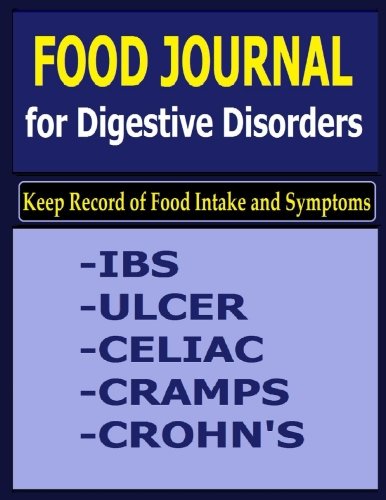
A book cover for Food Journal for Digestive Disorders: Keep Record of Food Intake and Symptoms in the Food Journal for Digestive Disorders; Frances P Robinson; Calendars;